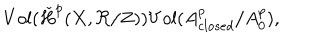
V o l ( \check { H } ^ { p } ( X , \Re { } / Z ) ) V o l ( A _ { c l o s e d } ^ { p } / A _ { 0 } ^ { p } ) ,